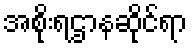
အစိုးရဌာနဆိုင်ရာ